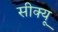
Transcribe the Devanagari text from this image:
सीक्यू